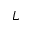
L